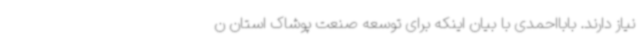
نیاز دارند. بابااحمدی با بیان اینکه برای توسعه صنعت پوشاک استان ن